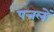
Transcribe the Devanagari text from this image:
पत्तलों